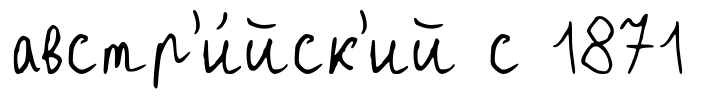
австр'и́йск'ий с 1871